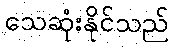
သေဆုံးနိုင်သည်